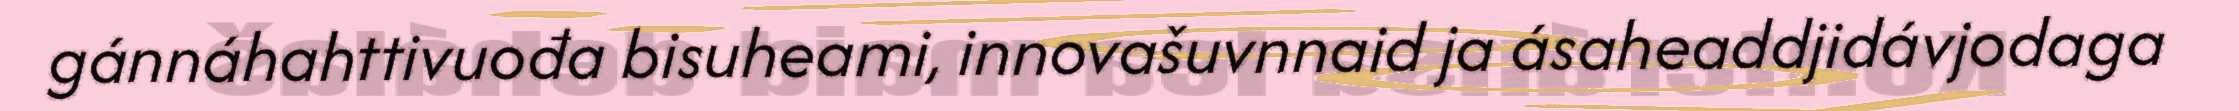
gánnáhahttivuođa bisuheami, innovašuvnnaid ja ásaheaddjidávjodaga